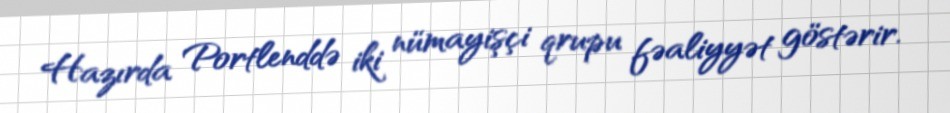
Hazırda Portlenddə iki nümayişçi qrupu fəaliyyət göstərir.